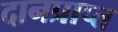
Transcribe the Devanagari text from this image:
दानप्राप्त